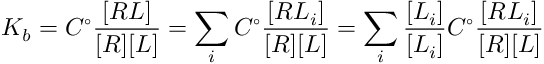
K _ { b } = C ^ { \circ } \frac { [ R L ] } { [ R ] [ L ] } = \sum _ { i } C ^ { \circ } \frac { [ R L _ { i } ] } { [ R ] [ L ] } = \sum _ { i } \frac { [ L _ { i } ] } { [ L _ { i } ] } C ^ { \circ } \frac { [ R L _ { i } ] } { [ R ] [ L ] }